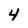
Character: 4